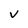
Character: V